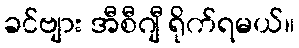
ခင်ဗျား အီစီဂျီ ရိုက်ရမယ်။